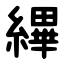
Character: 縪